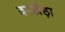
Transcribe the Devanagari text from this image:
वरखेड़ा